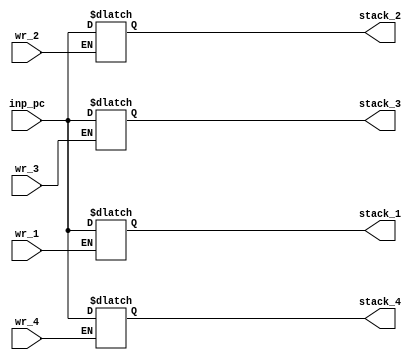
`timescale 1ns / 1ps
//////////////////////////////////////////////////////////////////////////////////
// Company: 
// Engineer: 
// 
// Design Name: 
// Module Name: count_stack_10bit
// Project Name: 
// Target Devices: 
// Tool Versions: 
// Description: 
// 
// Dependencies: 
// 
// Revision:
// Revision 0.01 - File Created
// Additional Comments:
// 
//////////////////////////////////////////////////////////////////////////////////


module basic_stack_10bit(
input [9:0] inp_pc,
input wr_1, wr_2, wr_3, wr_4,
output reg [9:0] stack_1, stack_2, stack_3, stack_4
);

always@(*)
begin
  if (wr_1 == 1'b1)
    stack_1 = inp_pc;
  if (wr_2 == 1'b1)
    stack_2 = inp_pc;
  if (wr_3 == 1'b1)
    stack_3 = inp_pc; 
  if (wr_4 == 1'b1)
    stack_4 = inp_pc;
end
endmodule